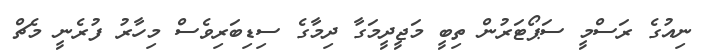
ނިއުގެ ރަސްމީ ސަޕޯޓަރުން ތިބީ މަޖީދީމަގާ ދިމާގެ ސިޑިބަރިވެސް މިހާރު ފުރެނީ މެޗް